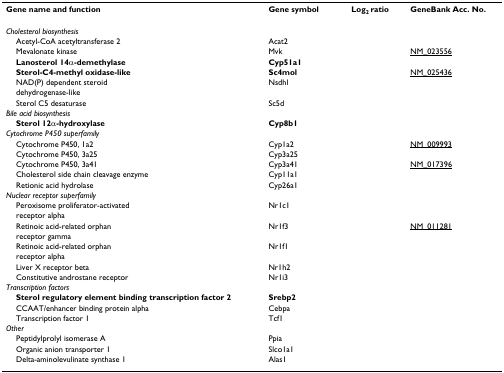
<table><thead><tr><td><b>Gene name and function</b></td><td><b>Gene symbol</b></td><td><b>Log<sub>2 </sub>ratio</b></td><td><b>GeneBank Acc. No.</b></td></tr></thead><tbody><tr><td><i>Cholesterol biosynthesis</i></td><td>[EMPTY_CELL]</td><td>[EMPTY_CELL]</td><td>[EMPTY_CELL]</td></tr><tr><td> Acetyl-CoA acetyltransferase 2</td><td>Acat2</td><td>[EMPTY_CELL]</td><td>[EMPTY_CELL]</td></tr><tr><td> Mevalonate kinase</td><td>Mvk</td><td>[EMPTY_CELL]</td><td>NM_023556</td></tr><tr><td> <b>Lanosterol 14α-demethylase</b></td><td><b>Cyp51a1</b></td><td>[EMPTY_CELL]</td><td>[EMPTY_CELL]</td></tr><tr><td> <b>Sterol-C4-methyl oxidase-like</b></td><td><b>Sc4mol</b></td><td>[EMPTY_CELL]</td><td>NM_025436</td></tr><tr><td> NAD(P) dependent steroid</td><td>Nsdhl</td><td>[EMPTY_CELL]</td><td>[EMPTY_CELL]</td></tr><tr><td> dehydrogenase-like</td><td>[EMPTY_CELL]</td><td>[EMPTY_CELL]</td><td>[EMPTY_CELL]</td></tr><tr><td> Sterol C5 desaturase</td><td>Sc5d</td><td>[EMPTY_CELL]</td><td>[EMPTY_CELL]</td></tr><tr><td><i>Bile acid biosynthesis</i></td><td>[EMPTY_CELL]</td><td>[EMPTY_CELL]</td><td>[EMPTY_CELL]</td></tr><tr><td> <b>Sterol 12α-hydroxylase</b></td><td><b>Cyp8b1</b></td><td>[EMPTY_CELL]</td><td>[EMPTY_CELL]</td></tr><tr><td><i>Cytochrome P450 superfamily</i></td><td>[EMPTY_CELL]</td><td>[EMPTY_CELL]</td><td>[EMPTY_CELL]</td></tr><tr><td> Cytochrome P450, 1a2</td><td>Cyp1a2</td><td>[EMPTY_CELL]</td><td>NM_009993</td></tr><tr><td> Cytochrome P450, 3a25</td><td>Cyp3a25</td><td>[EMPTY_CELL]</td><td>[EMPTY_CELL]</td></tr><tr><td> Cytochrome P450, 3a41</td><td>Cyp3a41</td><td>[EMPTY_CELL]</td><td>NM_017396</td></tr><tr><td> Cholesterol side chain cleavage enzyme</td><td>Cyp11a1</td><td>[EMPTY_CELL]</td><td>[EMPTY_CELL]</td></tr><tr><td> Retionic acid hydrolase</td><td>Cyp26a1</td><td>[EMPTY_CELL]</td><td>[EMPTY_CELL]</td></tr><tr><td><i>Nuclear receptor superfamily</i></td><td>[EMPTY_CELL]</td><td>[EMPTY_CELL]</td><td>[EMPTY_CELL]</td></tr><tr><td> Peroxisome proliferator-activated</td><td>Nr1c1</td><td>[EMPTY_CELL]</td><td>[EMPTY_CELL]</td></tr><tr><td> receptor alpha</td><td>[EMPTY_CELL]</td><td>[EMPTY_CELL]</td><td>[EMPTY_CELL]</td></tr><tr><td> Retinoic acid-related orphan</td><td>Nr1f3</td><td>[EMPTY_CELL]</td><td>NM_011281</td></tr><tr><td> receptor gamma</td><td>[EMPTY_CELL]</td><td>[EMPTY_CELL]</td><td>[EMPTY_CELL]</td></tr><tr><td> Retinoic acid-related orphan</td><td>Nr1f1</td><td>[EMPTY_CELL]</td><td>[EMPTY_CELL]</td></tr><tr><td> receptor alpha</td><td>[EMPTY_CELL]</td><td>[EMPTY_CELL]</td><td>[EMPTY_CELL]</td></tr><tr><td> Liver X receptor beta</td><td>Nr1h2</td><td>[EMPTY_CELL]</td><td>[EMPTY_CELL]</td></tr><tr><td> Constitutive androstane receptor</td><td>Nr1i3</td><td>[EMPTY_CELL]</td><td>[EMPTY_CELL]</td></tr><tr><td><i>Transcription factors</i></td><td>[EMPTY_CELL]</td><td>[EMPTY_CELL]</td><td>[EMPTY_CELL]</td></tr><tr><td> <b>Sterol regulatory element binding transcription factor 2</b></td><td><b>Srebp2</b></td><td>[EMPTY_CELL]</td><td>[EMPTY_CELL]</td></tr><tr><td> CCAAT/enhancer binding protein alpha</td><td>Cebpa</td><td>[EMPTY_CELL]</td><td>[EMPTY_CELL]</td></tr><tr><td> Transcription factor 1</td><td>Tcf1</td><td>[EMPTY_CELL]</td><td>[EMPTY_CELL]</td></tr><tr><td><i>Other</i></td><td>[EMPTY_CELL]</td><td>[EMPTY_CELL]</td><td>[EMPTY_CELL]</td></tr><tr><td> Peptidylprolyl isomerase A</td><td>Ppia</td><td>[EMPTY_CELL]</td><td>[EMPTY_CELL]</td></tr><tr><td> Organic anion transporter 1</td><td>Slco1a1</td><td>[EMPTY_CELL]</td><td>[EMPTY_CELL]</td></tr><tr><td> Delta-aminolevulinate synthase 1</td><td>Alas1</td><td>[EMPTY_CELL]</td><td>[EMPTY_CELL]</td></tr></tbody></table>